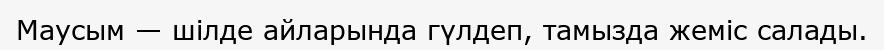
Маусым — шілде айларында гүлдеп, тамызда жеміс салады.